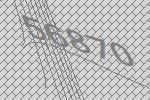
56870